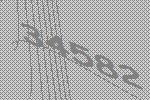
34582